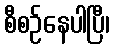
စီစဉ်နေပါပြီ၊